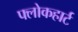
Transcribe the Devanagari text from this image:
फ्लोकहार्ट